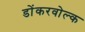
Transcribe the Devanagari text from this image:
डोंकरवोल्क